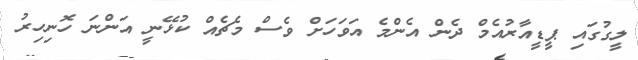
ލީގުގައި ޕީޑީއާރުއެމް ދެން އެންމެ އަވަހަށް ވެސް މެޗެއް ކުޅޭނީ އަންނަ ހޮނިހިރު